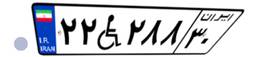
۳۳W۱۱۶۴۰